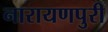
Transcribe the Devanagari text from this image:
नारायणपुरी